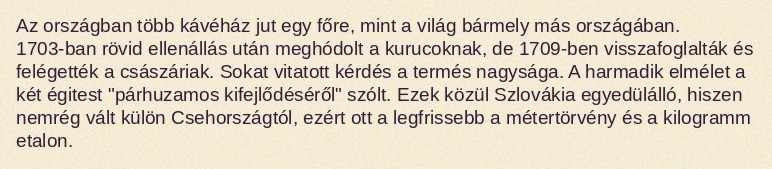
Az országban több kávéház jut egy főre, mint a világ bármely más országában. 1703-ban rövid ellenállás után meghódolt a kurucoknak, de 1709-ben visszafoglalták és felégették a császáriak. Sokat vitatott kérdés a termés nagysága. A harmadik elmélet a két égitest "párhuzamos kifejlődéséről" szólt. Ezek közül Szlovákia egyedülálló, hiszen nemrég vált külön Csehországtól, ezért ott a legfrissebb a métertörvény és a kilogramm etalon.